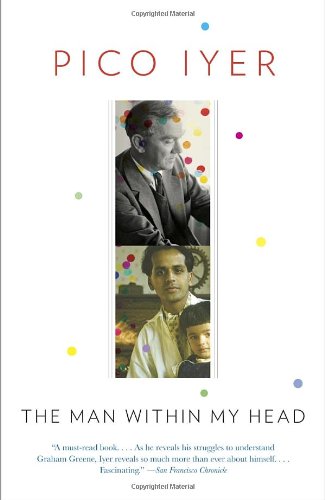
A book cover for The Man Within My Head; Pico Iyer; Travel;